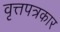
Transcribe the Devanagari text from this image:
वृत्तपत्रकार